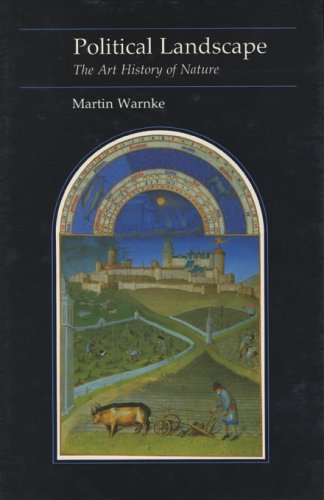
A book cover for Political Landscape: The Art History of Nature (Essays in Art and Culture); Martin Warnke; Arts & Photography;